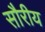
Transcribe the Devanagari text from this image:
सौरीय